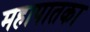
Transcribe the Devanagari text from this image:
महापातका